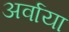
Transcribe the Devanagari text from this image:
अर्वाया